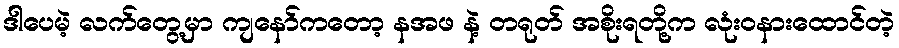
ဒါပေမဲ့ လက်တွေ့မှာ ကျနော်ကတော့ နအဖ နဲ့ တရုတ် အစိုးရတို့က လုံးဝနားထောင်တဲ့